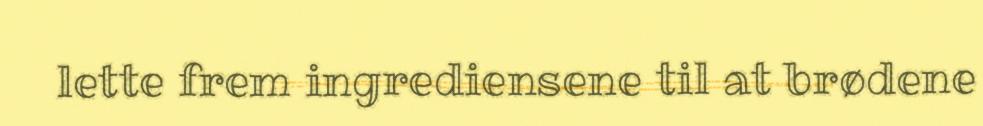
lette frem ingrediensene til at brødene